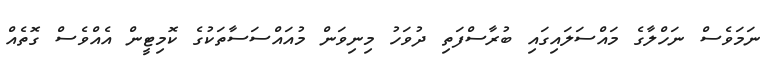
ނަމަވެސް ނަހްލާގެ މައްސަލައިގައި ބުރާސްފަތި ދުވަހު މިނިވަން މުއައްސަސާތަކުގެ ކޮމިޓީން އެއްވެސް ގޮތެއް